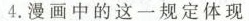
4.漫画中的这一规定体现